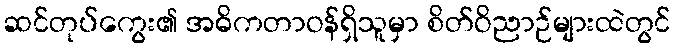
ဆင်တုပ်ကွေး၏ အဓိကတာဝန်ရှိသူမှာ စိတ်ဝိညာဉ်များထဲတွင်